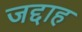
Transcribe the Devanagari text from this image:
जद्दाह